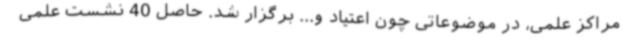
مراکز علمی، در موضوعاتی چون اعتیاد و... برگزار شد. حاصل 40 نشست علمی